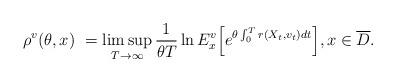
LaTeX: \begin{align*}\rho^{v} (\theta, x) \ = \limsup_{T \to \infty} \frac{1}{\theta T} \ln E^{v}_x\Big[ e^{\theta \int^T_0 r(X_t, v_t) dt} \Big] , x \in \overline{D}.\end{align*}